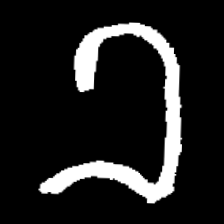
Pyu character \u2014 Myanmar letter: ခ (romanized: kha)